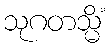
သုဂတသ္မိံ